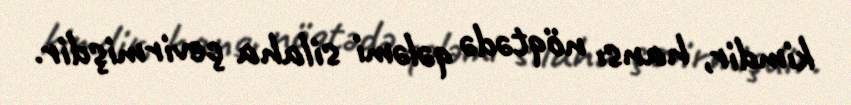
kimdir, hansı nöqtədə qələmi silaha çevirmişdir.